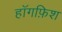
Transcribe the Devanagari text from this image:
हॉगफ़िश